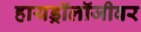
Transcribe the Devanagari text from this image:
हायड्रॉलॉजीवर